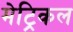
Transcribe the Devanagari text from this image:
मेट्रिकल